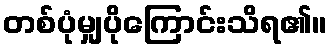
တစ်ပုံမျှပိုကြောင်းသိရ၏။